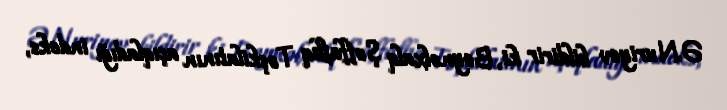
Ə.Nuriyev bildirir ki, Beynəlxalq Şəffaflıq Təşkilatının açıqladığı indeks,